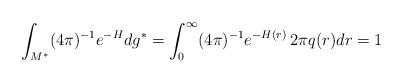
LaTeX: \begin{align*} \int_{M^*} (4\pi)^{-1}e^{-H} dg^* = \int_0^\infty (4\pi)^{-1} e^{-H(r)} \, 2\pi q(r) dr = 1 \end{align*}